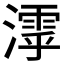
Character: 𣿋